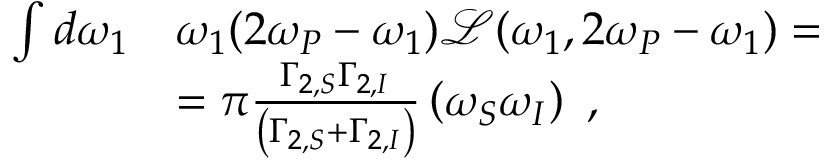
\begin{array} { r l } { \int d \omega _ { 1 } } & { \omega _ { 1 } ( 2 \omega _ { P } - \omega _ { 1 } ) \mathcal { L } ( \omega _ { 1 } , 2 \omega _ { P } - \omega _ { 1 } ) = } \\ & { = \pi \frac { \Gamma _ { 2 , S } \Gamma _ { 2 , I } } { \left( \Gamma _ { 2 , S } + \Gamma _ { 2 , I } \right) } \left( \omega _ { S } \omega _ { I } \right) \ , } \end{array}